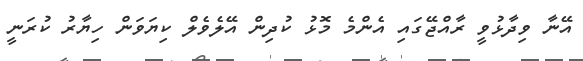
އޭނާ ވިދާޅުވީ ރާއްޖޭގައި އެންމެ މޮޅު ކުދިން އޭލެވެލް ކިޔަވަން ހިޔާރު ކުރަނީ